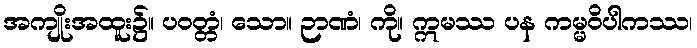
အကျိုးအထူး၌။ ပဝတ္တံ၊ သော။ ဉာဏံ၊ ကို။ ဣမဿ ပန ကမ္မဝိပါကဿ၊